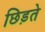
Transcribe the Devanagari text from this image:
छिड़ते